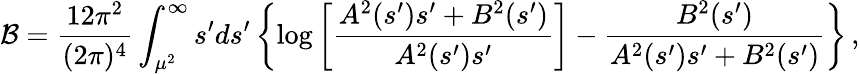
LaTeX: {\cal{B}}=\frac{12\pi^{2}}{(2\pi)^{4}}\int_{\mu^{2}}^{\infty}s^{\prime}ds^{\prime}\left\{ \log\left[\frac{A^{2}(s^{\prime})s^{\prime}+B^{2}(s^{\prime})}{A^{2}(s^{\prime})s^{\prime}}\right]-\frac{B^{2}(s^{\prime})}{A^{2}(s^{\prime})s^{\prime}+B^{2}(s^{\prime})}\right\} \, ,